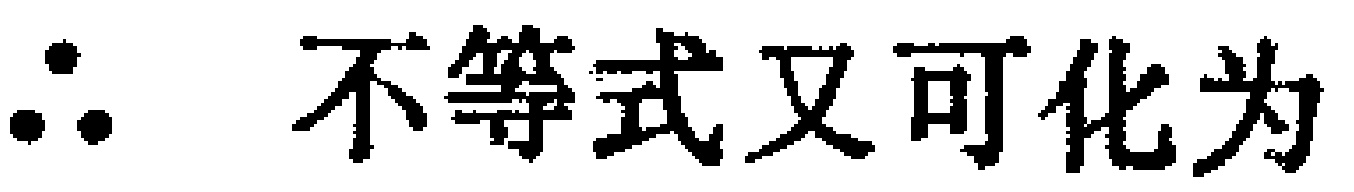
\(\therefore\) 不等式又可化为